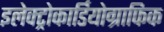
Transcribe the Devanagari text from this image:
इलेक्ट्रोकार्डियोग्राफिक